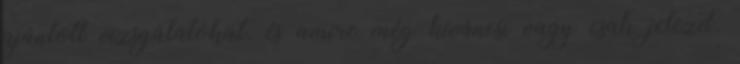
ajánlott vizsgálatokat, és amire még kíváncsi vagy csak jelezd,